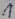
Text: 1